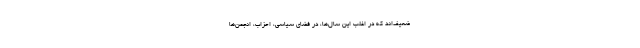
ضعیف‌اند که در اغلب این سال‌ها، در فضای سیاسی‌‌‌، احزاب، انجمن‌ها